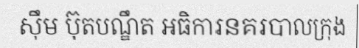
ស៊ឹម ប៊ុតបណ្ឌឹត អធិការនគរបាលក្រុង